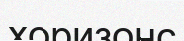
хоризонс